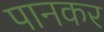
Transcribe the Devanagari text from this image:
पानकर